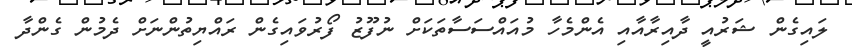
ލައިގެން ޝަރުއީ ދާއިރާއާއި އެންމެހާ މުއައްސަސާތަކަށް ނުފޫޒު ފޯރުވައިގެން ރައްޔިތުންނަށް ދެމުން ގެންދާ